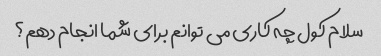
سلام کول چه کاری می توانم برای شما انجام دهم؟